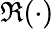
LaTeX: \Re(\cdot)